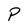
Character: P